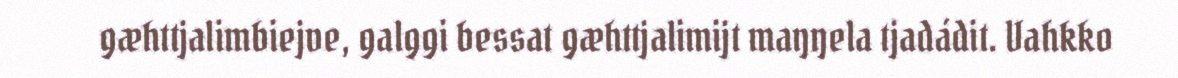
gæhttjalimbiejve, galggi bessat gæhttjalimijt maŋŋela tjadádit. Vahkko